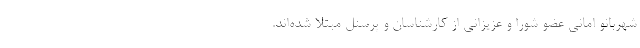
شهربانو امانی عضو شورا و عزیزانی از کارشناسان و پرسنل مبتلا شده‌اند.